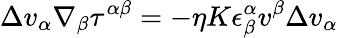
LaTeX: \Delta v_{\alpha}\nabla_{\beta}\tau^{\alpha\beta}=-\eta K\epsilon_{\beta}^{\alpha}v^{\beta}\Delta v_{\alpha}